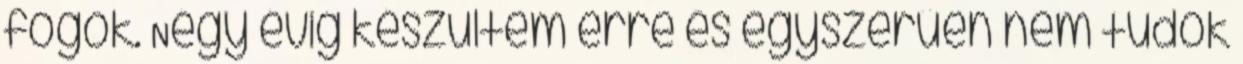
fogok. Négy évig készültem erre és egyszerűen nem tudok